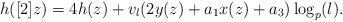
LaTeX: \begin{align*} h([2]z)=4h(z)+v_l (2y(z)+a_1 x(z)+a_3 ) \log _p (l).\end{align*}